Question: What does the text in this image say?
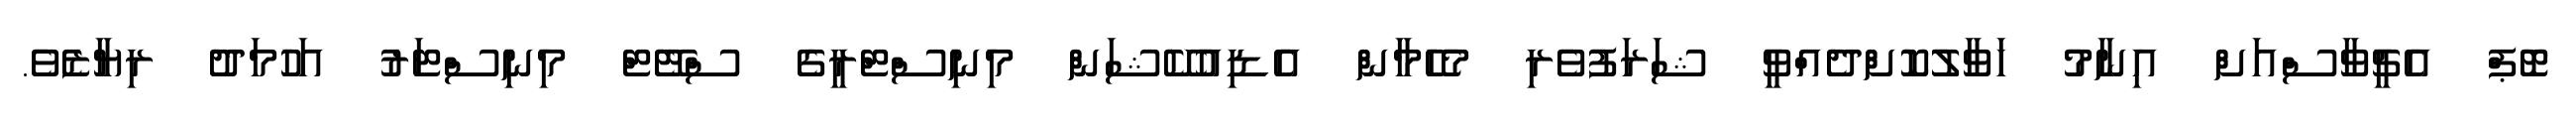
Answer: ޓޮޕް އެޗީވާސްއަށް އިނާމު ހަވާލުކޮށްދެއްވީ ޝަރަފުވެރި މެހެމާން އެޑިއުކޭޝަން މިނިސްޓްރީގެ ސްޓޭޓް މިނިސްޓަރު އަހުމަދު ރިޔާޒެވެ.